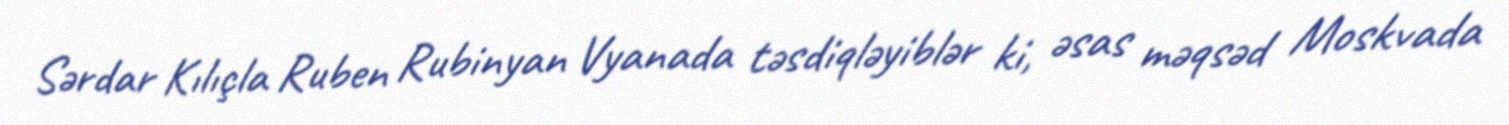
Sərdar Kılıçla Ruben Rubinyan Vyanada təsdiqləyiblər ki, əsas məqsəd Moskvada